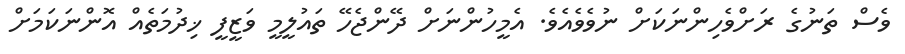
ވެސް ތަނުގެ ރަށްވެހިންނަކަށް ނުވެވެއެވެ. އެމީހުންނަށް ދޭންޖެހޭ ތައުލީމީ ވަޒީފީ ޚިދުމަތެއް އޮންނަކަމަށް